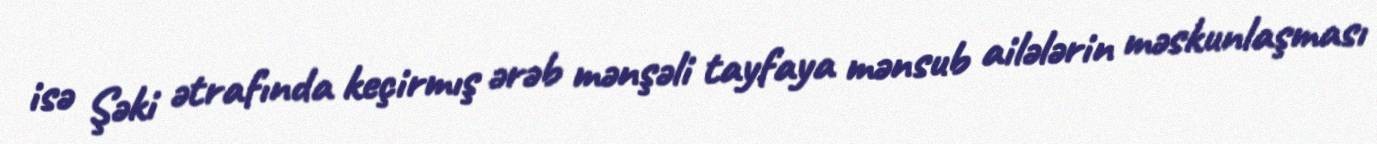
isə Şəki ətrafında keçirmış ərəb mənşəli tayfaya mənsub ailələrin məskunlaşması